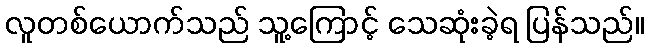
လူတစ်ယောက်သည် သူ့ကြောင့် သေဆုံးခဲ့ရ ပြန်သည်။